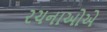
રચનાઓએ